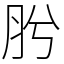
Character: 肹